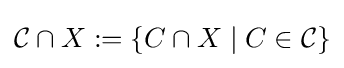
{\mathcal {C}}\cap X:=\{C\cap X\mid C\in {\mathcal {C}}\}